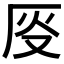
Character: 𫨈